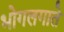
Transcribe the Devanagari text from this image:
भोगलगाते